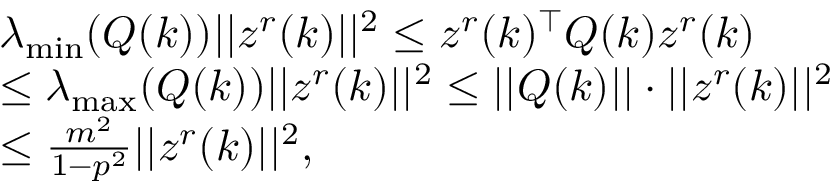
\begin{array} { r l } & { \lambda _ { \operatorname* { m i n } } ( Q ( k ) ) \lvert | z ^ { r } ( k ) \rvert | ^ { 2 } \leq z ^ { r } ( k ) ^ { \top } Q ( k ) z ^ { r } ( k ) } \\ & { \leq \lambda _ { \operatorname* { m a x } } ( Q ( k ) ) \lvert | z ^ { r } ( k ) \rvert | ^ { 2 } \leq \lvert | Q ( k ) \rvert | \cdot \lvert | z ^ { r } ( k ) \rvert | ^ { 2 } } \\ & { \leq \frac { m ^ { 2 } } { 1 - p ^ { 2 } } \lvert | z ^ { r } ( k ) \rvert | ^ { 2 } , } \end{array}